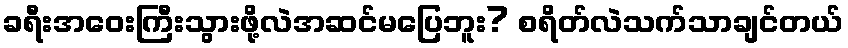
ခရီးအဝေးကြီးသွားဖို့လဲအဆင်မပြေဘူး? စရိတ်လဲသက်သာချင်တယ်